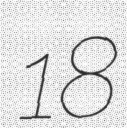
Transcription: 18